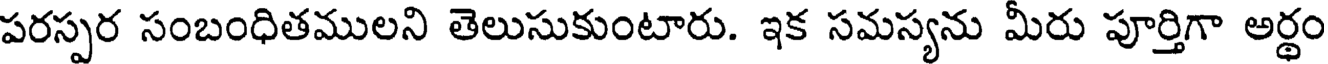
పరస్పర సంబంధితములని తెలుసుకుంటారు. ఇక సమస్యను మీరు పూర్తిగా అర్థం